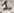
Text: 1